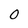
Character: 0